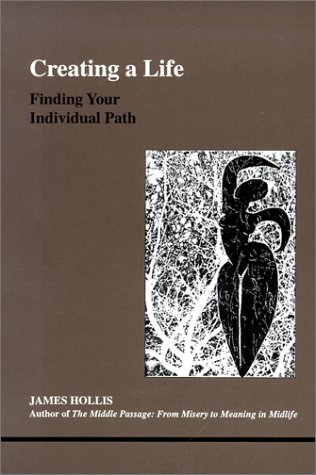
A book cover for Creating a Life: Finding Your Individual Path (Studies in Jungian Psychology by Jungian Analysts); James Hollis; Health, Fitness & Dieting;